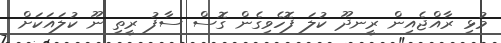
މުޅި ރާއްޖެއިން ރީނދޫ ކުލަ ފޮހެވިގެން ގޮސް ސާފު ރީތި ނޫ ކުލައަކަށް